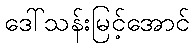
ဒေါ်သန်းမြင့်အောင်